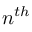
n ^ { t h }